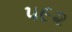
૫૯૨